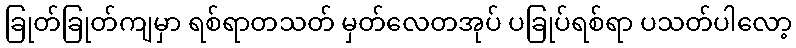
ခြုတ်ခြုတ်ကျမှာ ရစ်ရာတသတ် မှတ်လေတအုပ် ပခြုပ်ရစ်ရာ ပသတ်ပါလော့